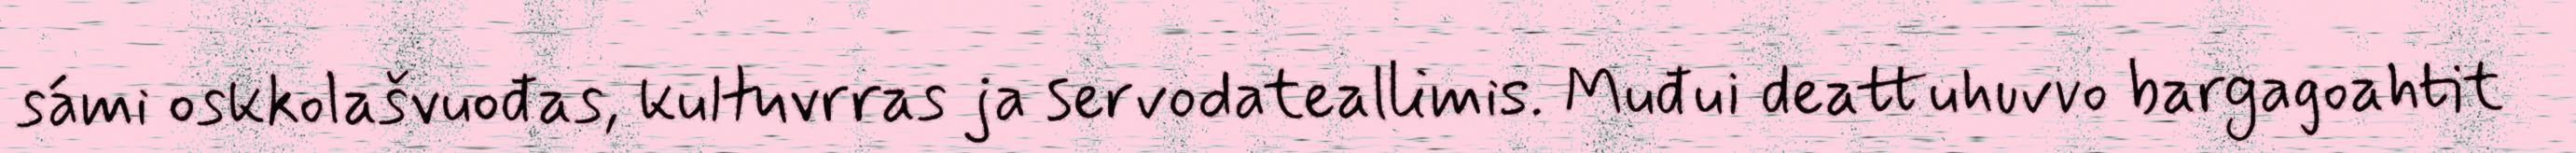
sámi oskkolašvuođas, kultuvrras ja servodateallimis. Muđui deattuhuvvo bargagoahtit